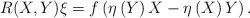
LaTeX: \begin{align*}R(X,Y)\xi=f\left(\eta \left(Y\right)X-\eta \left(X\right)Y\right).\end{align*}